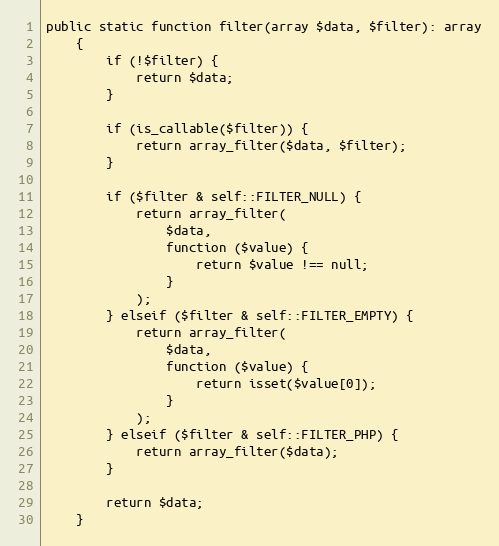
Language: PHP
public static function filter(array $data, $filter): array
    {
        if (!$filter) {
            return $data;
        }

        if (is_callable($filter)) {
            return array_filter($data, $filter);
        }

        if ($filter & self::FILTER_NULL) {
            return array_filter(
                $data,
                function ($value) {
                    return $value !== null;
                }
            );
        } elseif ($filter & self::FILTER_EMPTY) {
            return array_filter(
                $data,
                function ($value) {
                    return isset($value[0]);
                }
            );
        } elseif ($filter & self::FILTER_PHP) {
            return array_filter($data);
        }

        return $data;
    }